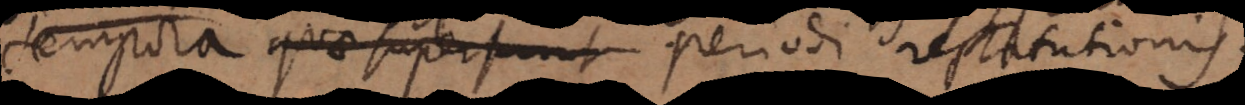
tempora quae supersunt periodi restitutionis.